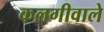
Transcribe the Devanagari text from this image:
कलगीवाले